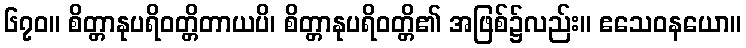
၆၇၀။ စိတ္တာနုပရိဝတ္တိတာယပိ၊ စိတ္တာနုပရိဝတ္တိ၏ အဖြစ်၌လည်း။ ဧသေဝနယော။